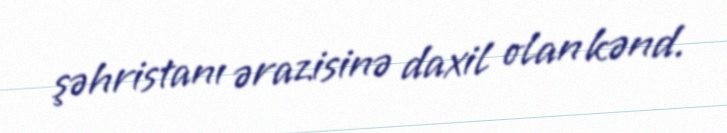
şəhristanı ərazisinə daxil olan kənd.